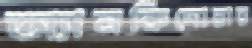
অ্যানকিদোরার